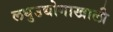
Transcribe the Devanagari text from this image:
लघुउद्योगाखाली